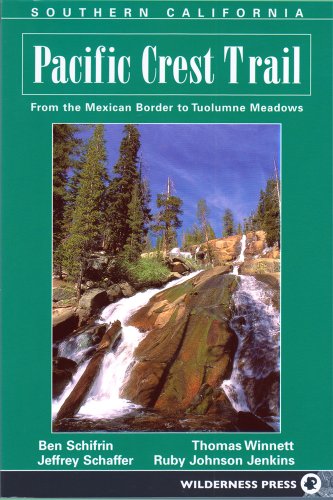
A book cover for Pacific Crest Trail: Southern California; Ben Schirfin; Health, Fitness & Dieting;